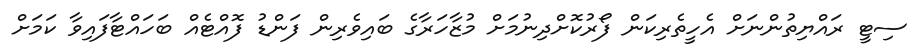
ސިޓީ ރައްޔިތުންނަށް އެހީތެރިކަން ފޯރުކޮށްދިނުމަށް މުޒާހަރާގެ ބައިވެރިން ފަންޑު ފޮއްޓެއް ބަހައްޓާފައިވާ ކަމަށް